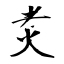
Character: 煑